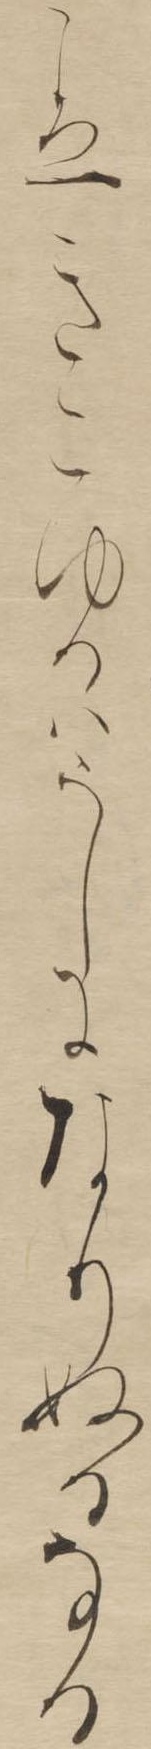
こゑきこゆるはうしになりぬるなる